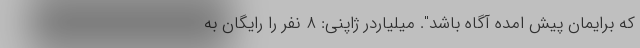
که برایمان پیش امده آگاه باشد". میلیاردر ژاپنی: ۸ نفر را رایگان به